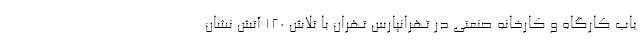
باب کارگاه و کارخانه صنعتی در تهرانپارس تهران با تلاش ۱۲۰ آتش نشان